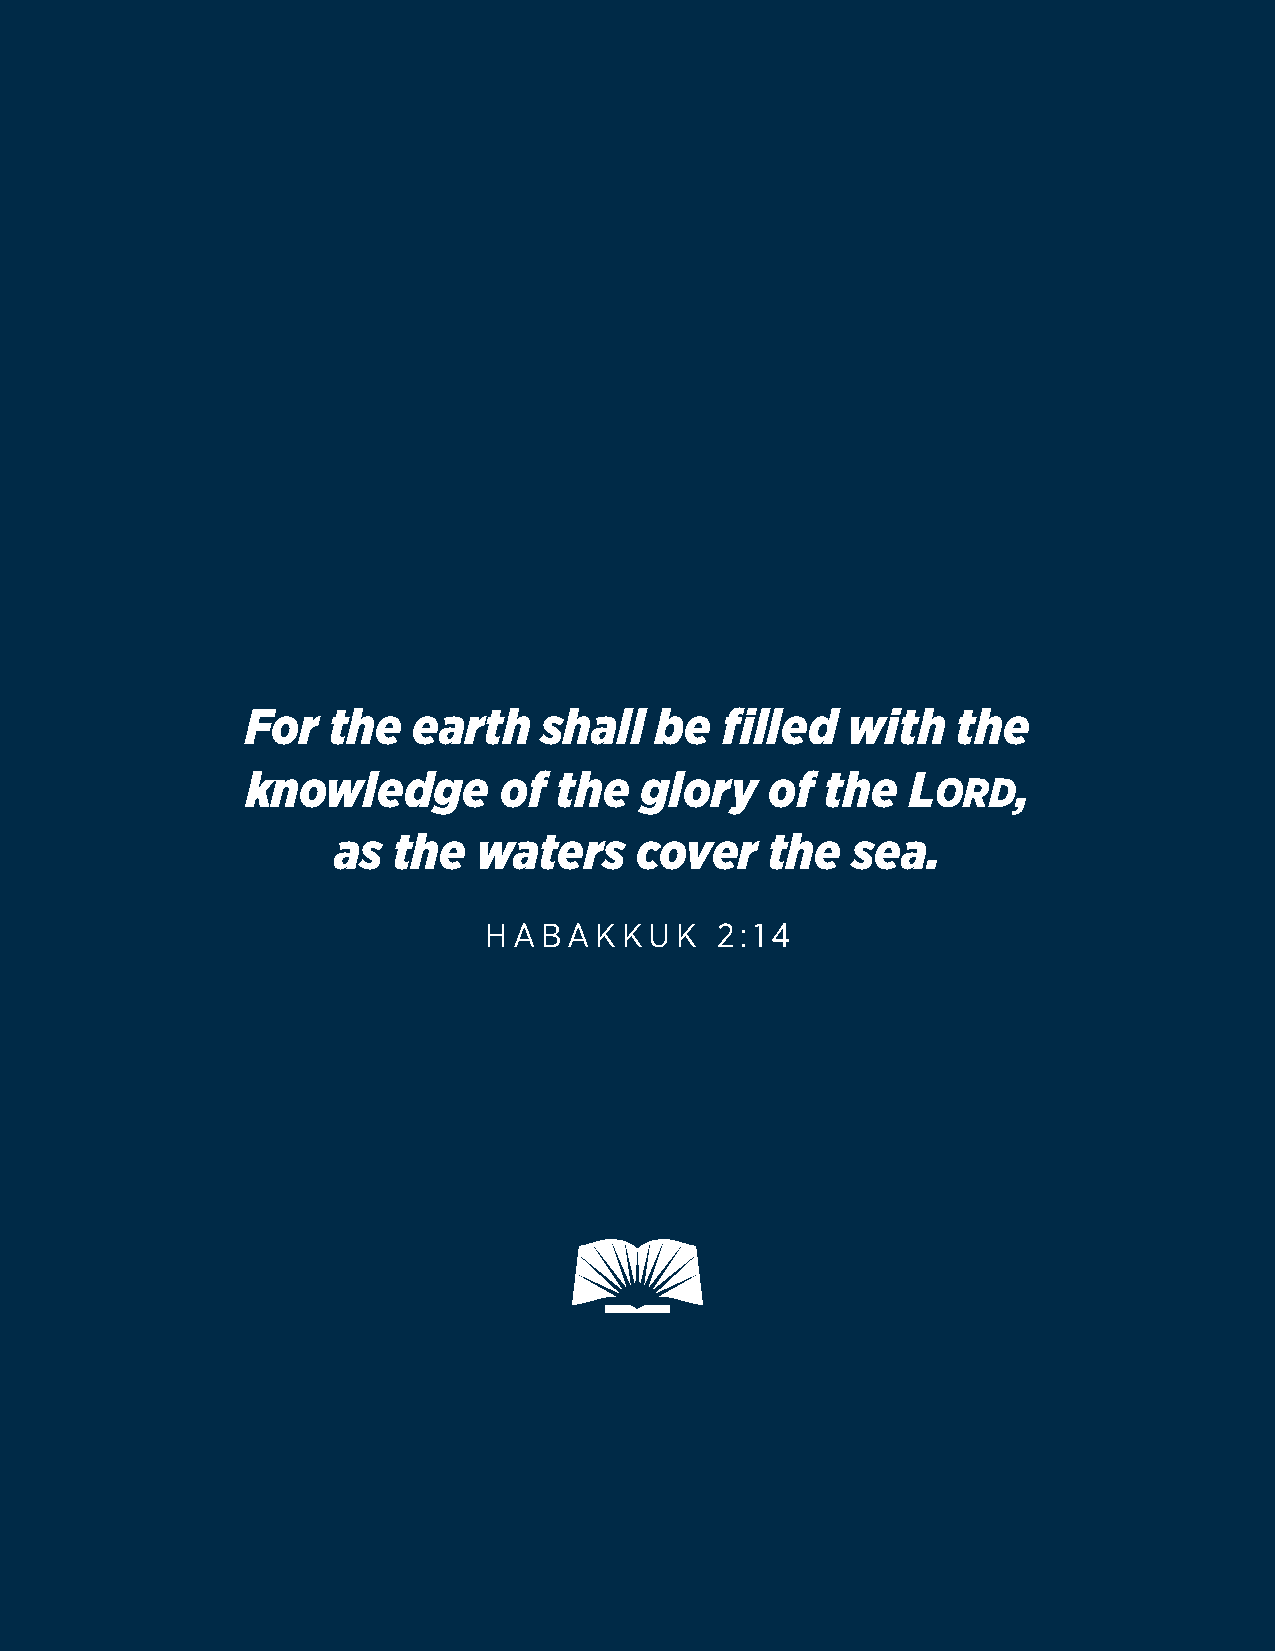
For   the  earth    shall  be   filled  with   the
 knowledge        of  the  glory    of  the  L      ,
 ord
 as  the   waters    cover    the  sea.
 HABAKKUK       2:14